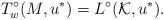
LaTeX: \begin{align*}T_w^\circ(M,u^*) = L^{\circ}(\mathcal{K}, u^*).\end{align*}